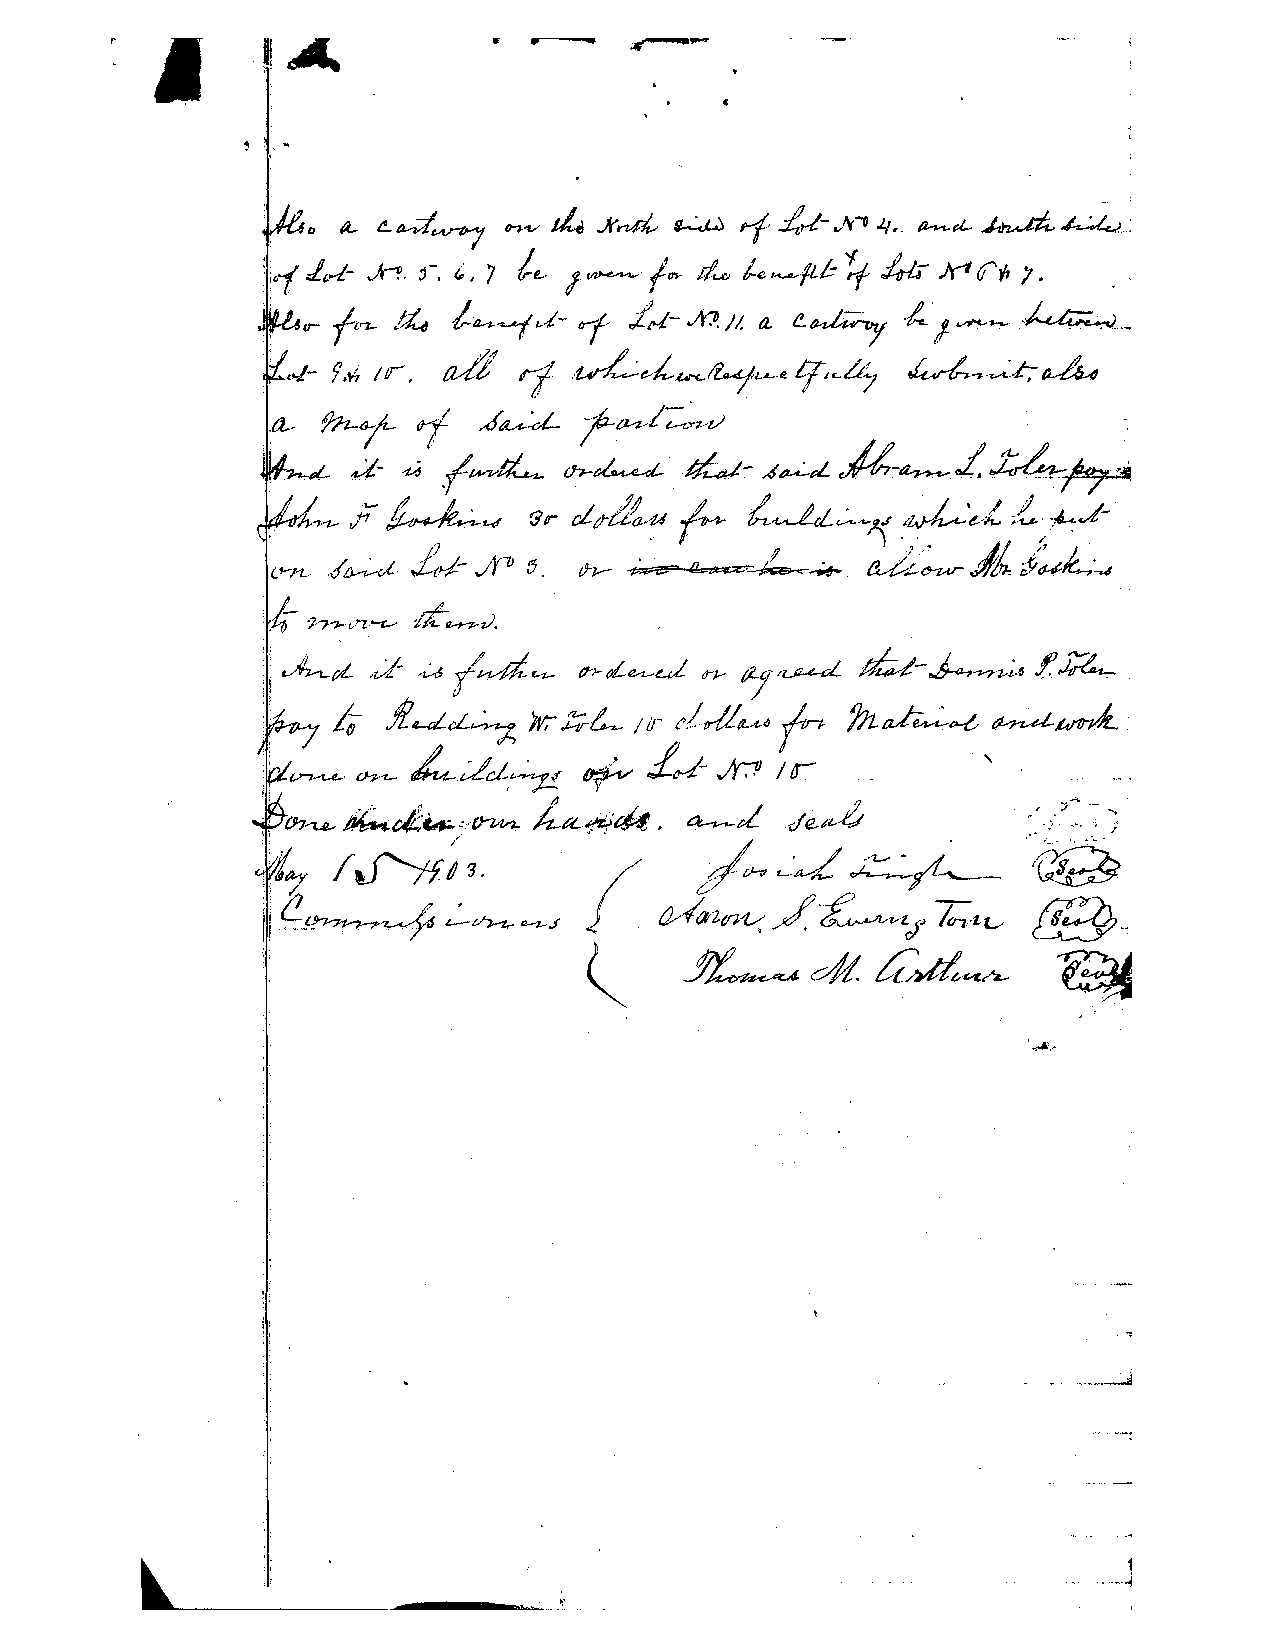
.
 ..
 ,      I!..
 d~
 hV
 ~
 .A'r1/Ji,
 ~   f.:l:rt-.;v-o
 J.t..
 ~   ~.,I·";~~_L:
 i i Lo-I- JH. '-. " 7 I.e-- !~. ftn- JI~ /-e ~~ "rf M- Jr1 qy, 7.
 10
 f&1- ~  I-I1.4~J-~. f"'-A'~JI. e~     -"'j~'~-
 .': u-                           a.
 a44  7   .. td..;eL~~~elfi'-b7 ~~~
 7.W
 . <0-/- /tr,
 7­
 ~ot-       .4~   j-~/I;:-,"~,V                       :
 :t1­
 .~d-'     /~      dr~~-        ,6~d  ~-~_   LJ;4:.~-..'..~.~Jil_',
 ,,;i-.--u                              . .
 .,
 ~
 ,
 /
 ~
 .-~
 J
 _ 1/ ~.1 ...
 "  ~tr
 O_ L/ -t/ J~ -I
 U~
 l__ L~'/
 ~
 cLA ~·
 J {
 .14f-"/ rz.A, -(/ !?~1
 ;.-u
 .~/L.c.. 4/ '­
 u'oc·
 4~   U                      ~  .~, d~.Jkj~'...4
 JY7i       ,;....r;=                        .
 0-71­            [j. th-    Q",.I%e=
 · ~cL ,J­ ~ fnd.~   ~}--dt'A-J n- IJ- rj /~ d;;/-~~ J:~  .
 ~  4-  .!l.LdcL~          ('lrI!(UA  ?JtJ~~    ~~       .
 i                Ir,-.t;;-L / IF"
 +-
 ~.   ~  L-J~~           .10-1-
 .;Y1J. I r        '
 i
 ~dL;,,;.~,·~ J:..a-~cH. ~dd~~                ;or .'';1' ...... '---.
 '. th--u..                                         'J:j£
 /~;.g.                  /~~~?~~
 ':;J                  '/
 &:9...
 II'--'~~              J    Mn~/~'J~
 L--r/?-7-Q--t-J                 Ilrl·tL-
 ~.c#         Cdl~~
 ~
 i:                    '"